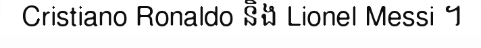
Cristiano Ronaldo និង Lionel Messi ។